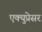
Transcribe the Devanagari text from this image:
एक्युप्रेसर